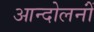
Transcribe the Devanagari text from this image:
आन्दोलनोंं